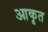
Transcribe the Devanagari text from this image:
आकृत